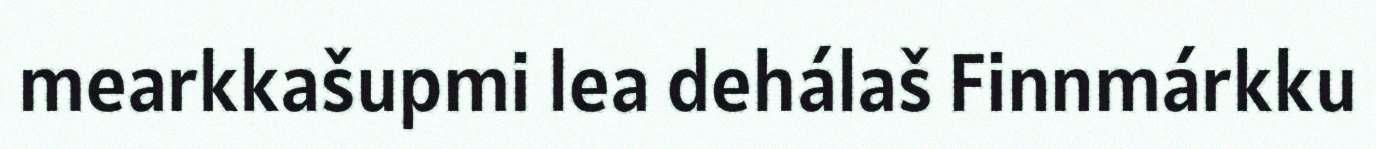
mearkkašupmi lea dehálaš Finnmárkku